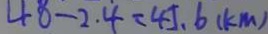
4 8 - 2 . 4 = 4 5 . 6 ( k m )